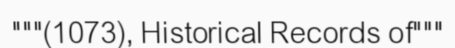
"""(1073), Historical Records of"""